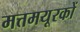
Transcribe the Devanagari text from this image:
मत्तमयूरकों